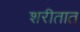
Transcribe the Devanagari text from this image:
शरीतात